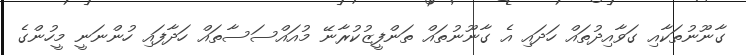
ގާނޫނުތަކާއި ގަވާއިދުތައް ހަދައި އެ ގާނޫނުތައް ތަންފީޒުކުރާނޭ މުއައްސަސާތައް ހަދާފައި ހުންނަނީ މީހުންގެ